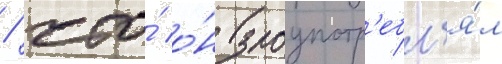
/ что́ о́н злоупотр'ебл'я́л